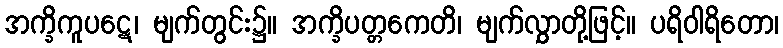
အက္ခိကူပဋေ၊ မျက်တွင်း၌။ အက္ခိပတ္တကေတိ၊ မျက်လွှာတို့ဖြင့်။ ပရိဝါရိတော၊